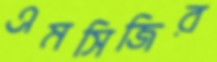
এমসিজির